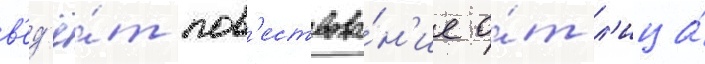
в'ед'ё́т пов'ествова́н'ие о́т л'ица́